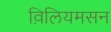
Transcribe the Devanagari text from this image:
व़िलियमसन